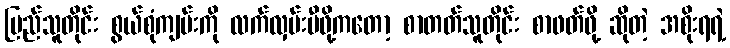
ပြည်သူတိုင်း စွယ်စုံကျမ်းကို လက်လှမ်းမီဖို့ကတော့ စာတတ်သူတိုင်း စာဖတ်ဖို့ ဆိုတဲ့ အစိုးရရဲ့